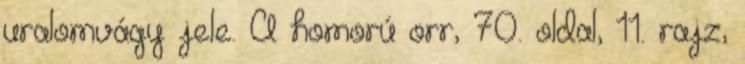
uralomvágy jele. A homorú orr, 70. oldal, 11. rajz,